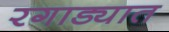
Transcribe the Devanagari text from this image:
रगाड्यात